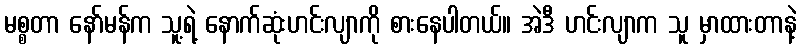
မစ္စတာ နော်မန်က သူ့ရဲ့ နောက်ဆုံးဟင်းလျာကို စားနေပါတယ်။ အဲဒီ ဟင်းလျာက သူ မှာထားတာနဲ့